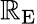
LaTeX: \mathbb{R}_{\mathrm{{{E}}}}